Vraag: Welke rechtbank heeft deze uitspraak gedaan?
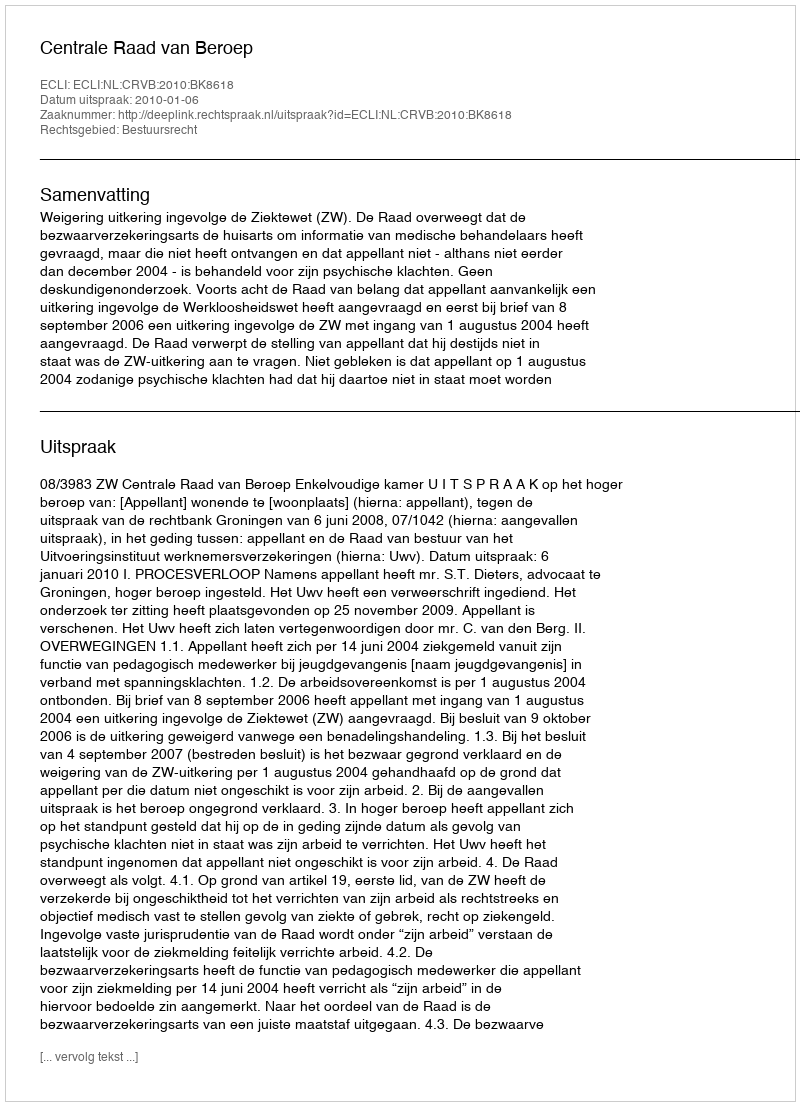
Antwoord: Centrale Raad van Beroep